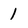
Character: 1